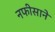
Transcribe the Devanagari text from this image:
नफीसाने